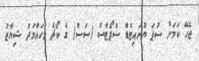
ޖެހޭ ކަމަށް ސުޕަ ޔުނައިޓެޑް ސްޕޯޓްސް (ސަސް) ގެ ކޯޗް މުހައްމަދު ޝިޔާޒު